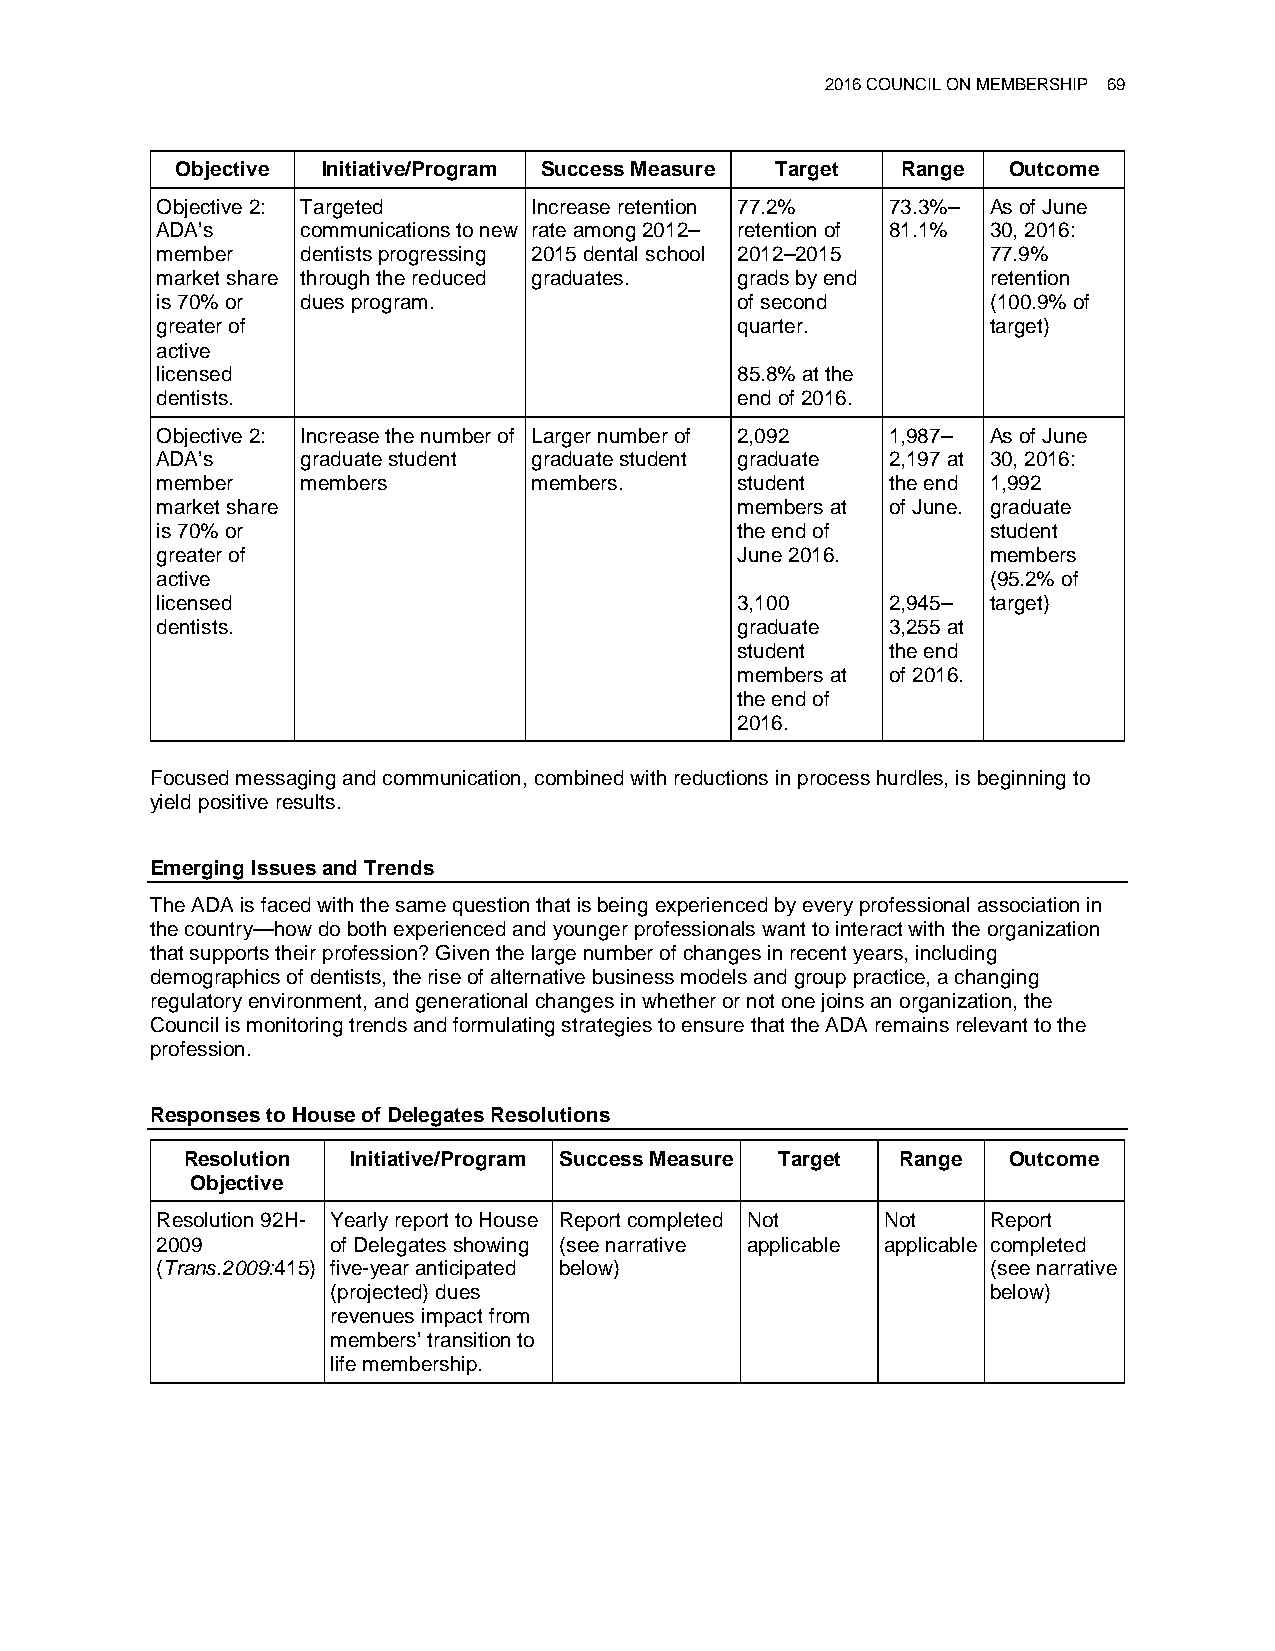
2016 COUNCIL ON MEMBERSHIP 69
 Objective Initiative/Program Success Measure Target Range Outcome
 Objective 2: Targeted    Increase retention 77.2% 73.3%– As of June
 ADA’s     communications to new rate among 2012– retention of 81.1% 30, 2016:
 member    dentists progressing 2015 dental school 2012–2015 77.9%
 market share through the reduced graduates. grads by end retention
 is 70% or dues program.                of second        (100.9% of
 greater of                             quarter.         target)
 active
 licensed                               85.8% at the
 dentists.                              end of 2016.
 Objective 2: Increase the number of Larger number of 2,092 1,987– As of June
 ADA’s     graduate student graduate student graduate 2,197 at 30, 2016:
 member    members        members.      student   the end 1,992
 market share                           members at of June. graduate
 is 70% or                              the end of       student
 greater of                             June 2016.       members
 active                                                  (95.2% of
 licensed                               3,100     2,945– target)
 dentists.                              graduate  3,255 at
 student   the end
 members at of 2016.
 the end of
 2016.
 Focused messaging and communication, combined with reductions in process hurdles, is beginning to
 yield positive results.
 Emerging Issues and Trends
 The ADA is faced with the same question that is being experienced by every professional association in
 the country—how do both experienced and younger professionals want to interact with the organization
 that supports their profession? Given the large number of changes in recent years, including
 demographics of dentists, the rise of alternative business models and group practice, a changing
 regulatory environment, and generational changes in whether or not one joins an organization, the
 Council is monitoring trends and formulating strategies to ensure that the ADA remains relevant to the
 profession.
 Responses to House of Delegates Resolutions
 Resolution Initiative/Program Success Measure Target Range Outcome
 Objective
 Resolution 92H- Yearly report to House Report completed Not Not Report
 2009        of Delegates showing (see narrative applicable applicable completed
 (Trans.2009:415) five-year anticipated below)           (see narrative
 (projected) dues                            below)
 revenues impact from
 members’ transition to
 life membership.